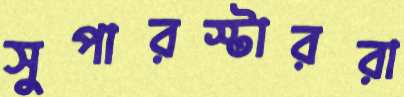
সুপারস্টাররা